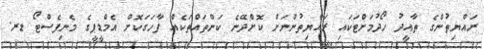
ރައްޔިތުންގެ ތާއީދު ހޯދުމަށްޓަކައި ރައްޔިތުންނަށް ކޮށްދޭނެ ކަންތައްތަކެއް ފާހަގަކޮށް އެމްޑީޕީގެ މެނިފެސްޓޯ ޑރ.